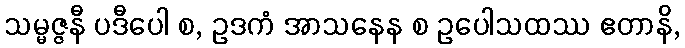
သမ္မဇ္ဇနီ ပဒီပေါ စ, ဥဒကံ အာသနေန စ ဥပေါသထဿ ဧတာနိ,